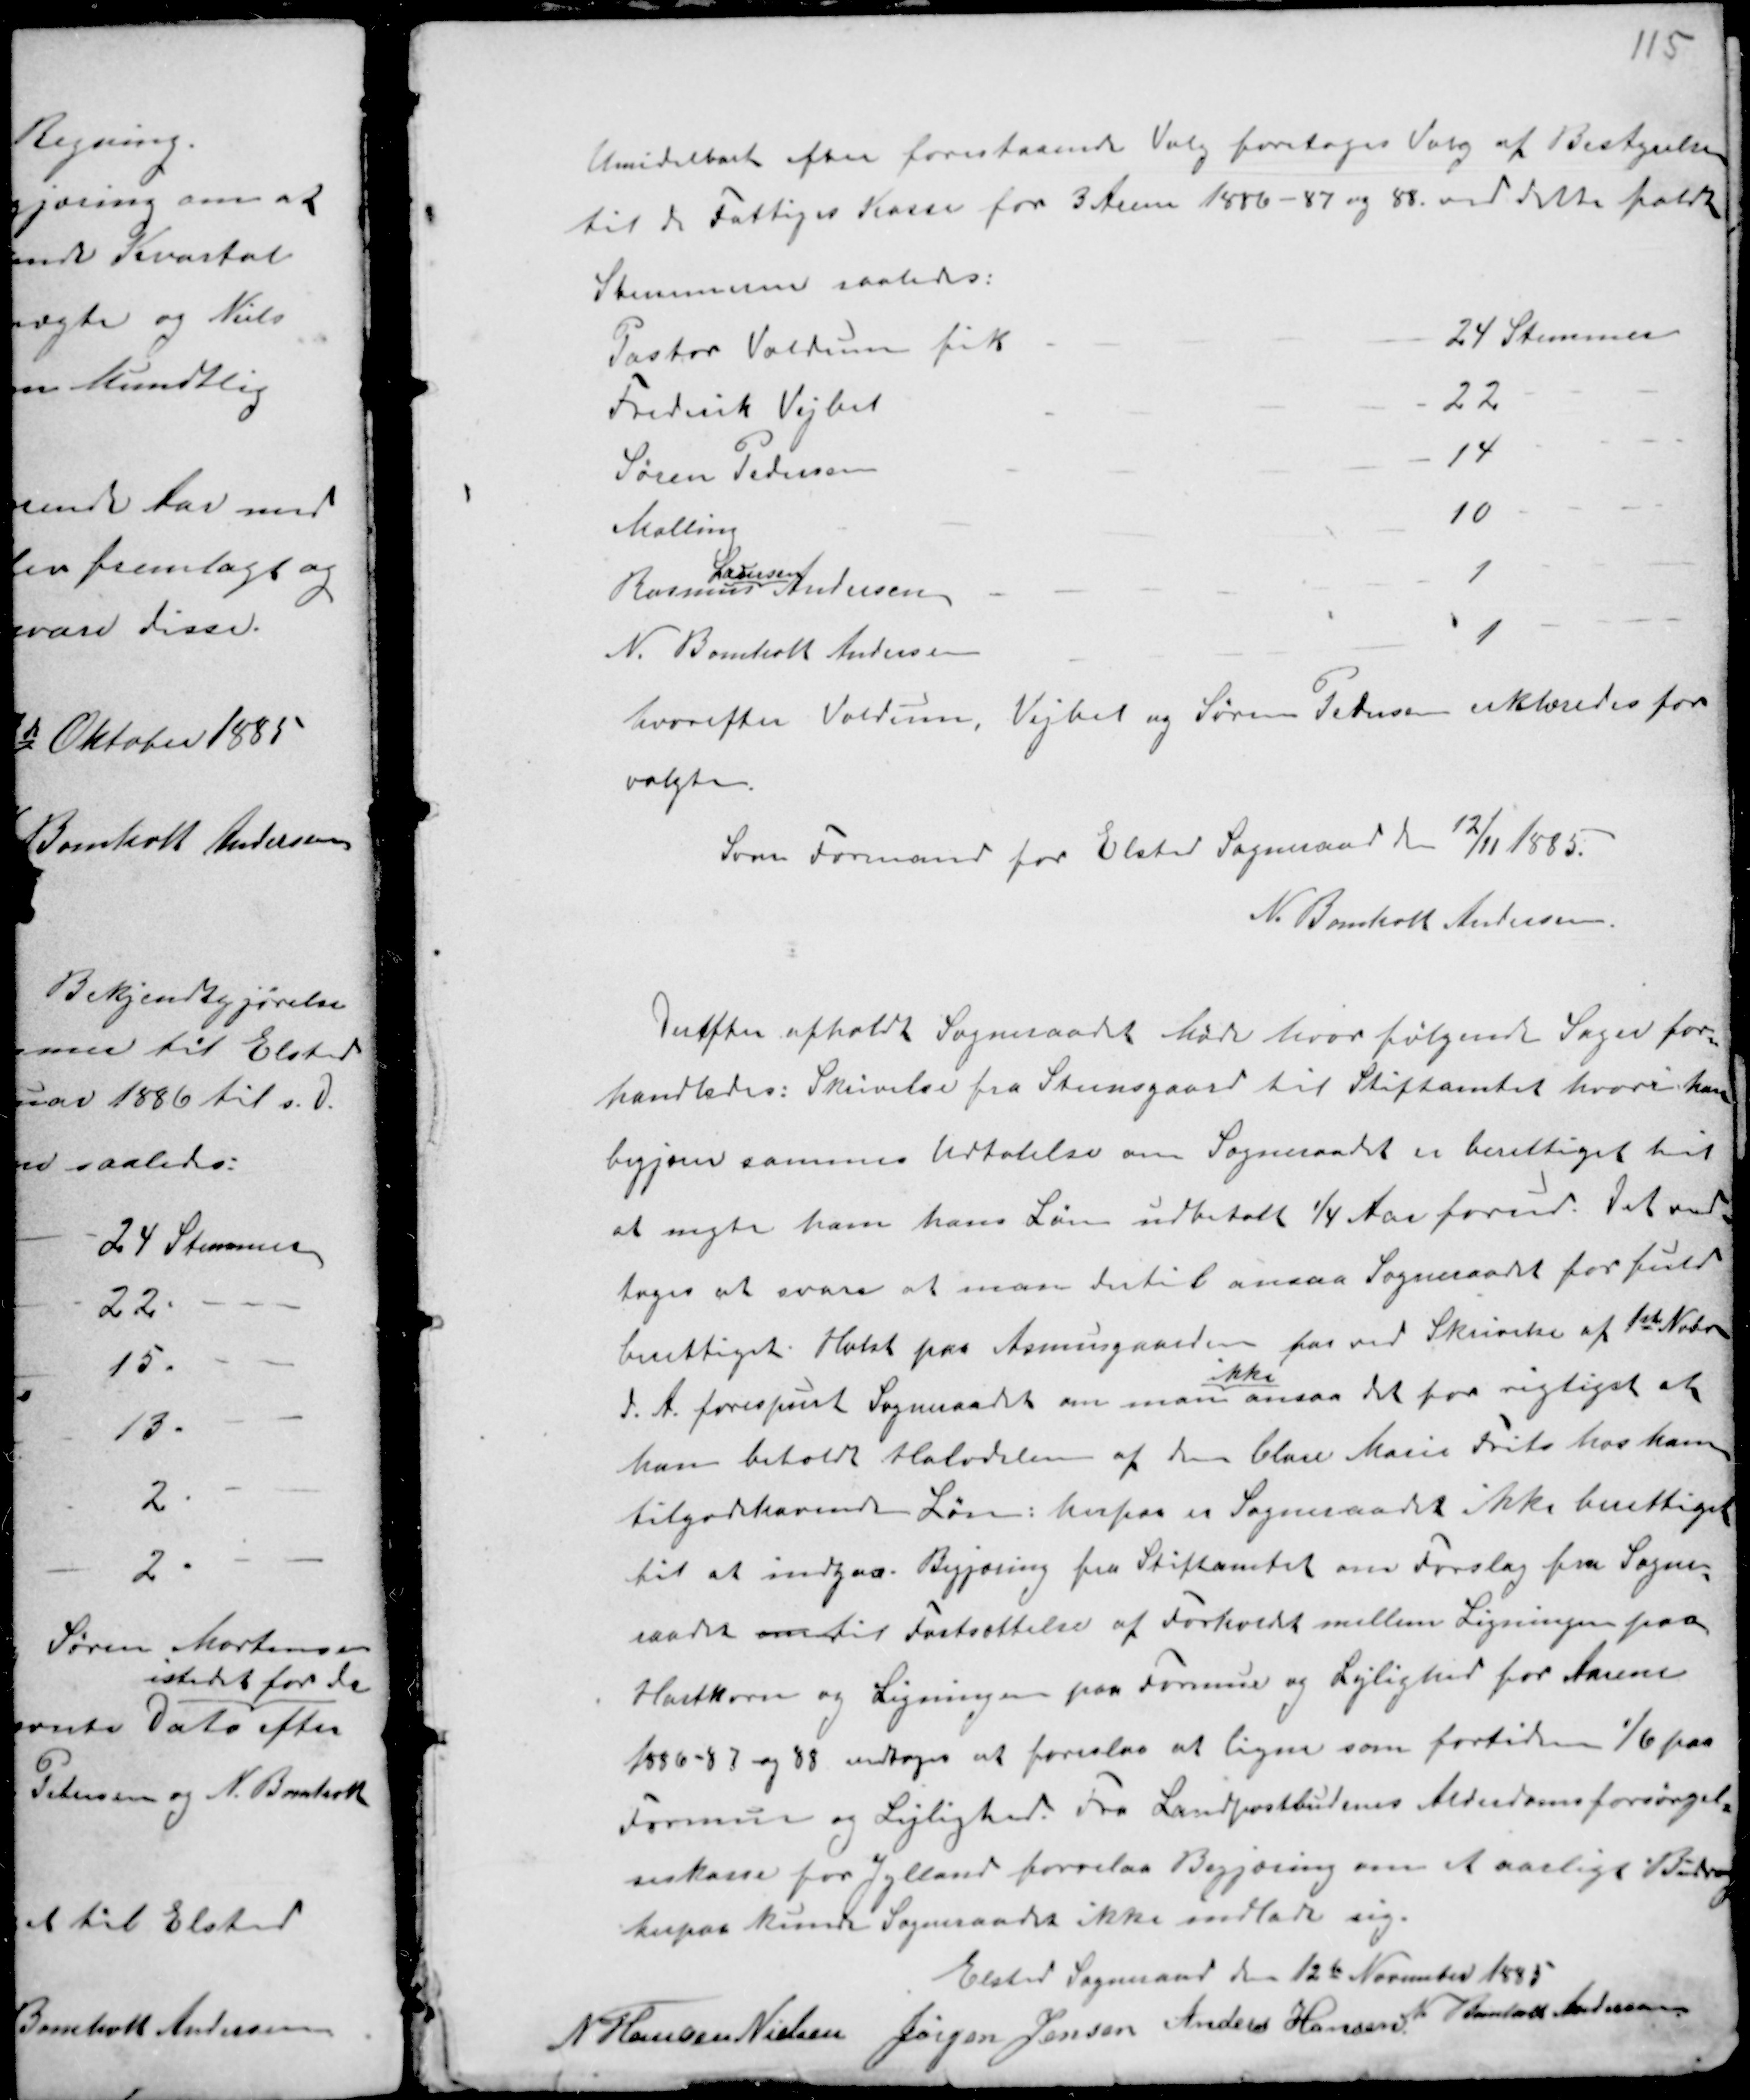
Transskription:
Umidelbart efter forestaaende Valg foretoges Valg af Bestyrelsen
til de Fattiges Kasse for 3 Aarene 1886 - 87 og 88 ved dette faldt

Stemmerne saaledes:

hvorefter Voldum, Vejbel og Søren Pedersen erklæredes for
valgte.
Som Formand for Elsted Sogneraad den 12/11 1885.
N. Bomholt Andersen

Derefter afholdt Sogneraadet Møde hvor følgende Sager for
handledes: Skrivelse fra Steensgaard til Stiftamtet hvori han
begjærer sammes Udtalelse om Sogneraadet er berettiget til
at nægte ham hans Løn udbetalt ¼ Aar forud. Det ved-
toges at svare at man dertil ansaa Sogneraadet for fuld
berettiget. Holst paa Asmusgaarden har ved Skrivelse af 1ste Nobr
d.A. forespurt Sogneraadet om man
ikke
ansaa det for rigtigst at
han beholdt Halvdelen af den Clase hans Frits hos ham
tilgodehavende Løn: herpaa er Sogneraadet ikke berettiget
til at indgaa. Begjæring fra Stiftamtet om Forslag fra Sogne-
raadet om til Fastsættelse af Forholdet mellem Ligningen paa
Hartkorn og Ligningen paa Formue og Lejlighed for Aarene
1886 - 87 og 88 vedtoges at foreslaa at ligne som fortiden 1/6 paa
Formue og Lejlighed. Fra Landpostbudenes Alderdomsforsørgel-
seskasse for Jylland forelaa Begjæring om et aarligt Bidrag
herpaa kunde Sogneraadet ikke indlade sig.

Elsted Sogneraad den 12te November 1885
N Hansen Nielsen Jørgen Jensen Anders Hansen N. Bomholt Andersen.